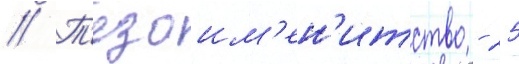
// Т'езоим'ен'итство - 25